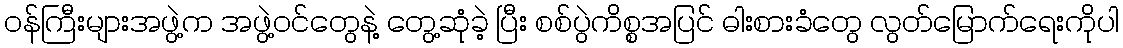
ဝန်ကြီးများအဖွဲ့က အဖွဲ့ဝင်တွေနဲ့ တွေ့ဆုံခဲ့ ပြီး စစ်ပွဲကိစ္စအပြင် ဓါးစားခံတွေ လွတ်မြောက်ရေးကိုပါ